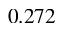
0 . 2 7 2